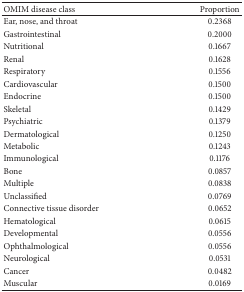
<table><thead><tr><td><b>OMIM disease class</b></td><td><b>Proportion</b></td></tr></thead><tbody><tr><td>Ear, nose, and throat</td><td>0.2368</td></tr><tr><td>Gastrointestinal</td><td>0.2000</td></tr><tr><td>Nutritional</td><td>0.1667</td></tr><tr><td>Renal</td><td>0.1628</td></tr><tr><td>Respiratory</td><td>0.1556</td></tr><tr><td>Cardiovascular</td><td>0.1500</td></tr><tr><td>Endocrine</td><td>0.1500</td></tr><tr><td>Skeletal</td><td>0.1429</td></tr><tr><td>Psychiatric</td><td>0.1379</td></tr><tr><td>Dermatological</td><td>0.1250</td></tr><tr><td>Metabolic</td><td>0.1243</td></tr><tr><td>Immunological</td><td>0.1176</td></tr><tr><td>Bone</td><td>0.0857</td></tr><tr><td>Multiple</td><td>0.0838</td></tr><tr><td>Unclassified</td><td>0.0769</td></tr><tr><td>Connective tissue disorder</td><td>0.0652</td></tr><tr><td>Hematological</td><td>0.0615</td></tr><tr><td>Developmental</td><td>0.0556</td></tr><tr><td>Ophthalmological</td><td>0.0556</td></tr><tr><td>Neurological</td><td>0.0531</td></tr><tr><td>Cancer</td><td>0.0482</td></tr><tr><td>Muscular</td><td>0.0169</td></tr></tbody></table>